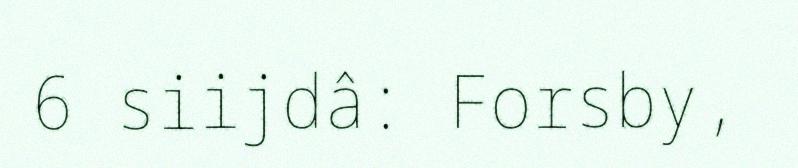
6 siijdâ: Forsby,